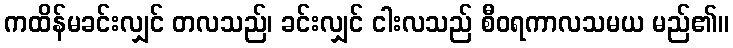
ကထိန်မခင်းလျှင် တလသည်၊ ခင်းလျှင် ငါးလသည် စီဝရကာလသမယ မည်၏။